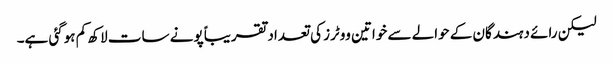
لیکن رائے دہندگان کے حوالے سے خواتین ووٹرز کی تعداد تقریباً پونے سات لاکھ کم ہوگئی ہے۔